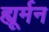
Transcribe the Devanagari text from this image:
ह्यूर्मन